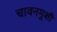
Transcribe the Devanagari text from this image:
चावनमुशी